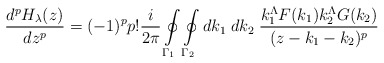
\begin{align*}\frac {d^pH_{\lambda}(z)} {dz^p}=(-1)^p p!\frac {i} {2\pi}\oint\limits_{{\Gamma}_1} \oint\limits_{{\Gamma}_2} dk_1\;dk_2 \;\frac {k_1^{\Lambda} F(k_1) k_2^{\Lambda} G(k_2)}{(z-k_1-k_2)^p}\end{align*}